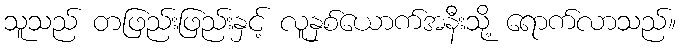
သူသည် တဖြည်းဖြည်းနှင့် လူနှစ်ယောက်အနီးသို့ ရောက်လာသည်။